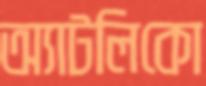
অ্যাটলিকো